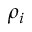
\rho _ { i }